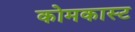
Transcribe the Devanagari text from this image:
कोमकास्ट